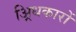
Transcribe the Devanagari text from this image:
अ्रिधकारों